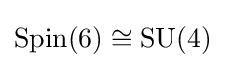
\operatorname {Spin} (6)\cong \operatorname {SU} (4)